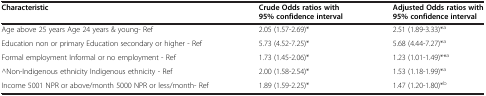
<table><thead><tr><td><b>Characteristic</b></td><td><b>Crude Odds ratios with 95% confidence interval</b></td><td><b>Adjusted Odds ratios with 95% confidence interval</b></td></tr></thead><tbody><tr><td>Age above 25 years Age 24 years &amp; young- Ref</td><td>2.05 (1.57-2.69)*</td><td>2.51 (1.89-3.33)*<sup>a</sup></td></tr><tr><td>Education non or primary Education secondary or higher - Ref</td><td>5.73 (4.52-7.25)*</td><td>5.68 (4.44-7.27)*<sup>a</sup></td></tr><tr><td>Formal employment Informal or no employment - Ref</td><td>1.73 (1.45-2.06)*</td><td>1.23 (1.01-1.49)**<sup>a</sup></td></tr><tr><td>^Non-Indigenous ethnicity Indigenous ethnicity - Ref</td><td>2.00 (1.58-2.54)*</td><td>1.53 (1.18-1.99)*<sup>a</sup></td></tr><tr><td>Income 5001 NPR or above/month 5000 NPR or less/month- Ref</td><td>1.89 (1.59-2.25)*</td><td>1.47 (1.20-1.80)*<sup>b</sup></td></tr></tbody></table>